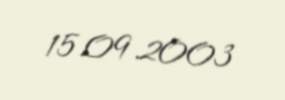
15.09.2003